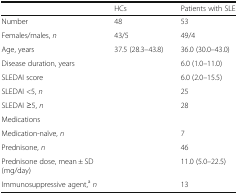
<table><thead><tr><td></td><td><b>HCs</b></td><td><b>Patients with SLE</b></td></tr></thead><tbody><tr><td>Number</td><td>48</td><td>53</td></tr><tr><td>Females/males, <i>n</i></td><td>43/5</td><td>49/4</td></tr><tr><td>Age, years</td><td>37.5 (28.3–43.8)</td><td>36.0 (30.0–43.0)</td></tr><tr><td>Disease duration, years</td><td></td><td>6.0 (1.0–11.0)</td></tr><tr><td>SLEDAI score</td><td></td><td>6.0 (2.0–15.5)</td></tr><tr><td>SLEDAI &lt;5, <i>n</i></td><td></td><td>25</td></tr><tr><td>SLEDAI ≥5, <i>n</i></td><td></td><td>28</td></tr><tr><td colspan="3">Medications</td></tr><tr><td>Medication-naïve, <i>n</i></td><td></td><td>7</td></tr><tr><td>Prednisone, <i>n</i></td><td></td><td>46</td></tr><tr><td>Prednisone dose, mean ± SD (mg/day)</td><td></td><td>11.0 (5.0–22.5)</td></tr><tr><td>Immunosuppressive agent,<sup>a</sup><i>n</i></td><td></td><td>13</td></tr></tbody></table>